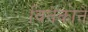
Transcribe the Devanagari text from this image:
विनेकोने